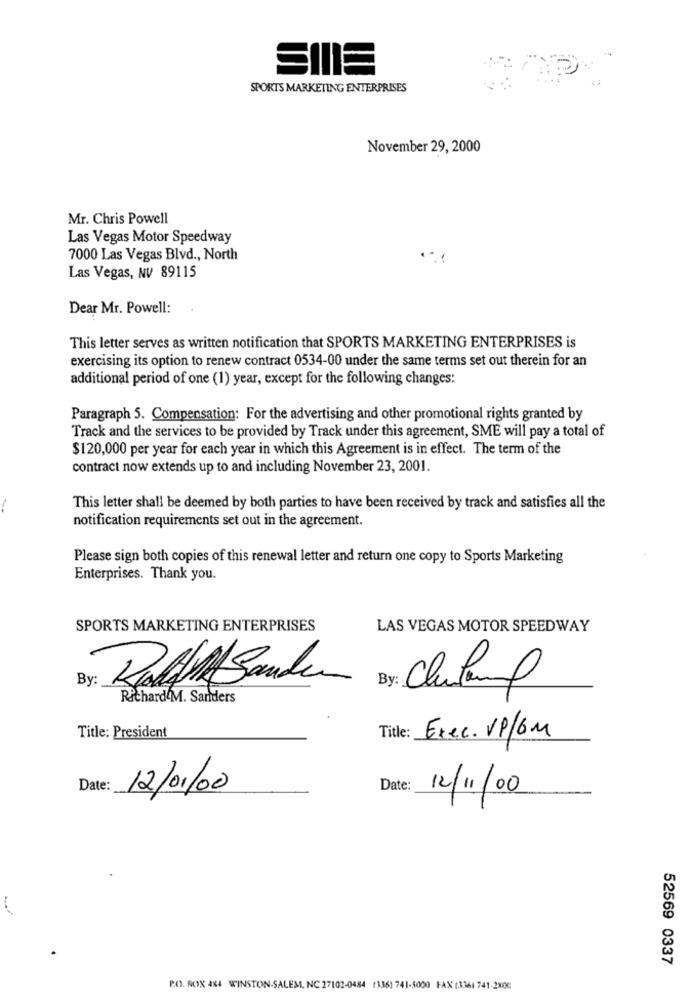
SIIIE
SPORTS MARKETING ENTERPRISES
aps
November 29, 2000
Mr. Chris Powell
Las Vegas Motor Speedway
7000 Las Vegas Blvd ., North
Las Vegas, NV 89115
Dear Mr. Powell:
This letter serves as written notification that SPORTS MARKETING ENTERPRISES is
exercising its option to renew contract 0534-00 under the same terms set out therein for an
additional period of one (1) year, except for the following changes:
Paragraph 5. Compensation: For the advertising and other promotional rights granted by
Track and the services to be provided by Track under this agreement, SME will pay a total of
$120,000 per year for each year in which this Agreement is in effect. The term of the
contract now extends up to and including November 23, 2001.
This letter shall be deemed by both parties to have been received by track and satisfies all the
notification requirements set out in the agreement.
Please sign both copies of this renewal letter and return one copy to Sports Marketing
Enterprises. Thank you.
SPORTS MARKETING ENTERPRISES
LAS VEGAS MOTOR SPEEDWAY
By:
Roll Banden
By: Chulaml
Richard&M. Sanders
Title: Exec. VP/GM
Title: President
Date:
12/01/00
Date:
12/11/00
52569 0337
P.O. BOX 484 WINSTON-SALEM, NC 27102-0484 1336) 741-5000 FAX (3361 741-2800